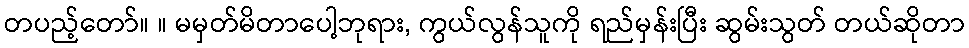
တပည့်တော်။ ။ မမှတ်မိတာပေါ့ဘုရား, ကွယ်လွန်သူကို ရည်မှန်းပြီး ဆွမ်းသွတ် တယ်ဆိုတာ